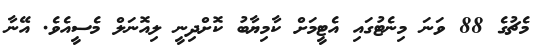
މެޗުގެ 88 ވަނަ މިނެޓުގައި އެޓީމަށް ކާމިޔާބު ކޮށްދިނީ ލިއޮނަލް މެސީއެވެ. އޭނާ